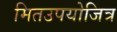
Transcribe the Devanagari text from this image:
मितउपयोजित्र